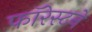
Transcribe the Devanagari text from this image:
फॉरेस्टने